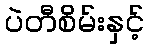
ပဲတီစိမ်းနှင့်